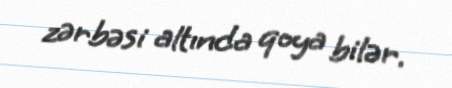
zərbəsi altında qoya bilər.